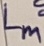
Text: Lm